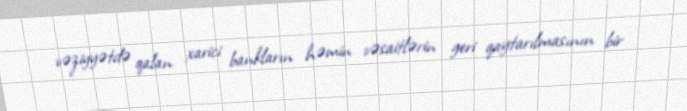
vəziyyətdə qalan xarici bankların həmin vəsaitlərin geri qaytarılmasının bir